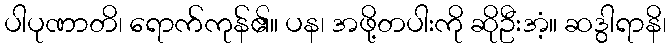
ပါပုဏာတိ၊ ရောက်ကုန်၏။ ပန၊ အဖို့တပါးကို ဆိုဦးအံ့။ ဆဒွါရာနိ၊